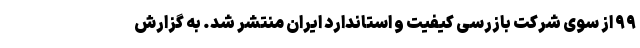
۹۹ از سوی شرکت بازرسی کیفیت و استاندارد ایران منتشر شد. به گزارش